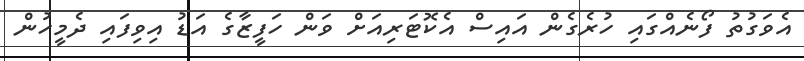
އެވަގުތު ފޯނެއްގައި ހުރެގެން އައިސް އެކޮޓަރިއަށް ވަން ހަފީޒާގެ އަޑު އިވިފައި ދެމީހުން